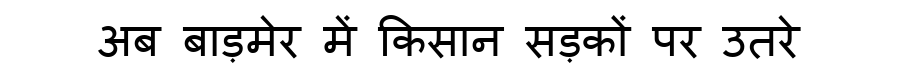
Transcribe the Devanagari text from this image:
अब बाड़मेर में किसान सड़कों पर उतरे